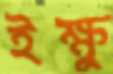
ইক্ষু